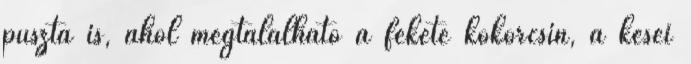
puszta is, ahol megtalálható a fekete kökörcsin, a kései